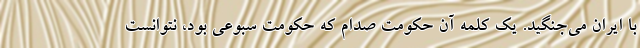
با ایران می‌جنگید. یک کلمه آن حکومت صدام که حکومت سبوعی بود، نتوانست